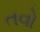
તવો